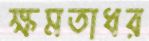
ক্ষমতাধর